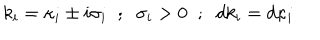
k _ { i } = { \kappa } _ { i } \pm i { \sigma } _ { i } \; \; ; \; \; { \sigma } _ { i } > 0 \; \; ; \; \; d k _ { i } = d { \kappa } _ { i }